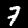
Label: 7